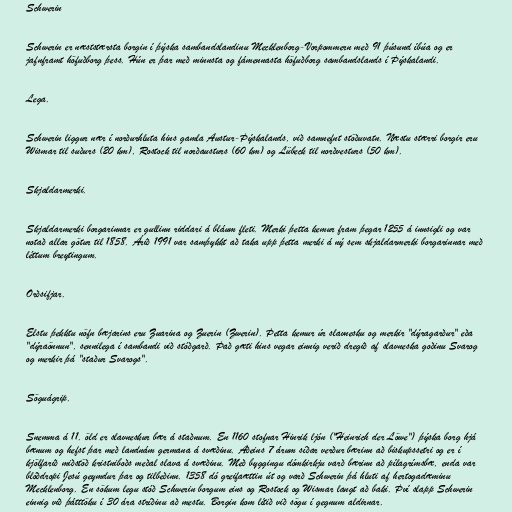
Schwerin

Schwerin er næststærsta borgin í þýska sambandslandinu Mecklenborg-Vorpommern með 91 þúsund íbúa og er
jafnframt höfuðborg þess. Hún er þar með minnsta og fámennasta höfuðborg sambandslands í Þýskalandi.

Lega.

Schwerin liggur nær í norðurhluta hins gamla Austur-Þýskalands, við samnefnt stöðuvatn. Næstu stærri borgir eru
Wismar til suðurs (20 km), Rostock til norðausturs (60 km) og Lübeck til norðvesturs (50 km).

Skjaldarmerki.

Skjaldarmerki borgarinnar er gullinn riddari á bláum fleti. Merki þetta kemur fram þegar 1255 á innsigli og var
notað allar götur til 1858. Árið 1991 var samþykkt að taka upp þetta merki á ný sem skjaldarmerki borgarinnar með
léttum breytingum.

Orðsifjar.

Elstu þekktu nöfn bæjarins eru Zuarina og Zuerin (Zwerin). Þetta kemur úr slavnesku og merkir "dýragarður" eða
"dýraönnun", sennilega í sambandi við stóðgarð. Það gæti hins vegar einnig verið dregið af slavneska goðinu Svarog
og merkir þá "staður Svarogs".

Söguágrip.

Snemma á 11. öld er slavneskur bær á staðnum. En 1160 stofnar Hinrik ljón ("Heinrich der Löwe") þýska borg hjá
bænum og hefst þar með landnám germana á svæðinu. Aðeins 7 árum síðar verður bærinn að biskupssetri og er í
kjölfarið miðstöð kristniboðs meðal slava á svæðinu. Með byggingu dómkirkju varð bærinn að pílagrímsbæ, enda var
blóðdropi Jesú geymdur þar og tilbeðinn. 1358 dó greifaættin út og varð Schwerin þá hluti af hertogadæminu
Mecklenborg. En sökum legu stóð Schwerin borgum eins og Rostock og Wismar langt að baki. Því slapp Schwerin
einnig við þátttöku í 30 ára stríðinu að mestu. Borgin kom lítið við sögu í gegnum aldirnar.